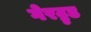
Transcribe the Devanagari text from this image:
गेरट्रुड